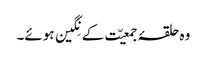
وہ حلقۂ جمعیّت کے نِگین ہوئے۔